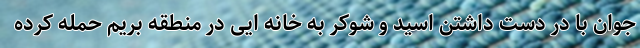
جوان با در دست داشتن اسید و شوکر به خانه ایی در منطقه بریم حمله کرده